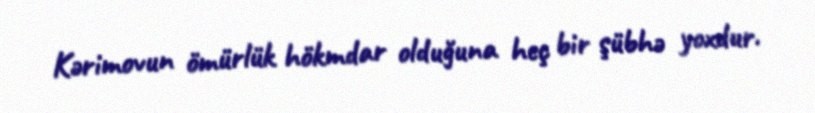
Kərimovun ömürlük hökmdar olduğuna heç bir şübhə yoxdur.